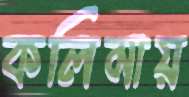
কলিমায়